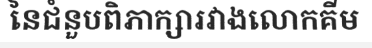
នៃជំនួបពិភាក្សារវាងលោកគីម